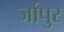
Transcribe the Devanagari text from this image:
र्जापुर